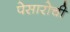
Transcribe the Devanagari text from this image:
पेसारोची